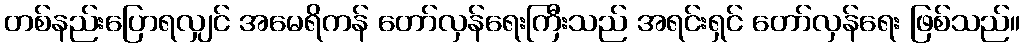
တစ်နည်းပြောရလျှင် အမေရိကန် တော်လှန်ရေးကြီးသည် အရင်းရှင် တော်လှန်ရေး ဖြစ်သည်။